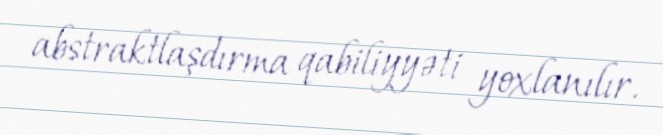
abstraktlaşdırma qabiliyyəti yoxlanılır.